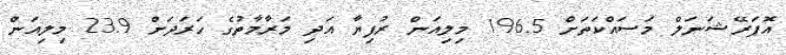
އޮޕަރޭޝަނަލް މަސައްކަތަށް 196.5 މިލިއަން ރުފިޔާ އަދި މަރާމާތުގެ ހަރަދަށް 23.9 މިލިއަން